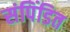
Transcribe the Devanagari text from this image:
संपिंडित